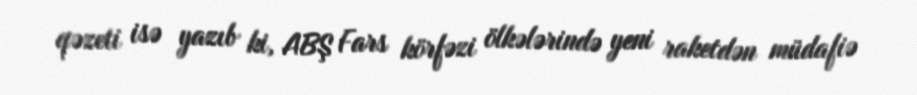
qəzeti isə yazıb ki, ABŞ Fars körfəzi ölkələrində yeni raketdən müdafiə